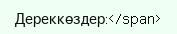
Дереккөздер:</span>